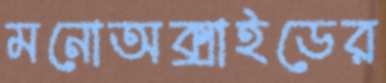
মনোঅক্সাইডের